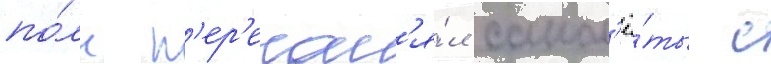
по́лк п'ер'егон'я́л самол'ё́ты с